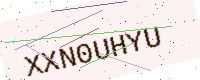
Text: XXN0UHYU